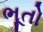
ભૂતો